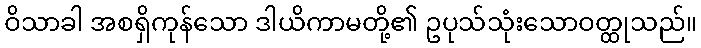
ဝိသာခါ အစရှိကုန်သော ဒါယိကာမတို့၏ ဥပုသ်သုံးသောဝတ္ထုသည်။